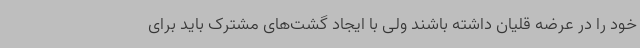
خود را در عرضه قلیان داشته باشند ولی با ایجاد گشت‌های مشترک باید برای